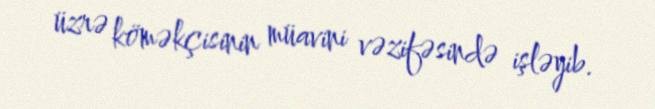
üzrə köməkçisinin müavini vəzifəsində işləyib.